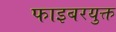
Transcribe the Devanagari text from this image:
फाइबरयुक्त